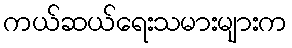
ကယ်ဆယ်ရေးသမားများက